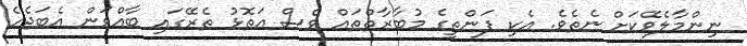
ނިންމާލެވޭކަށް ނެތެވެ. އެކި ފަންތީގެ މުބާރާތްތައް ވެސް އަތޮޅު ތެރޭގައި ބާއްވަން އެބަޖެހެ